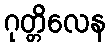
ဂုတ္တိလေန